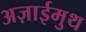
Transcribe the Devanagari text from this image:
अज़ाईमुथ